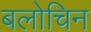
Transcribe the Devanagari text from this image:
बलोचिन